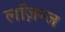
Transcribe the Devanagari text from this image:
लॉज़न्ज